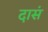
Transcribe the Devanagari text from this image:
दासं